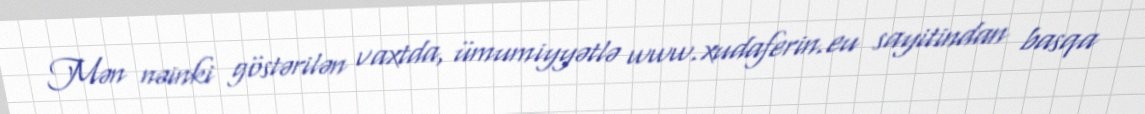
Mən nəinki göstərilən vaxtda, ümumiyyətlə www.xudaferin.eu sayitindan basqa